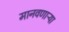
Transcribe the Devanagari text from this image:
मानवणाऱ्या